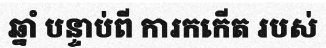
ឆ្នាំ បន្ទាប់ពី ការកកើត របស់